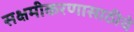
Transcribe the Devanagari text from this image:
सक्षमीकरणासाठीचे